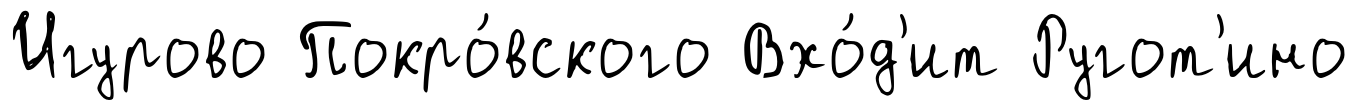
Игурово Покро́вского Вхо́д'ит Ругот'ино